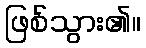
ဖြစ်သွား၏။